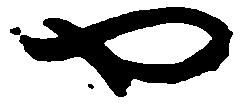
や